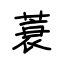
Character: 蓑